Lunatic asylums Madras 1877-1891 - 1877-1891
Year: 1877
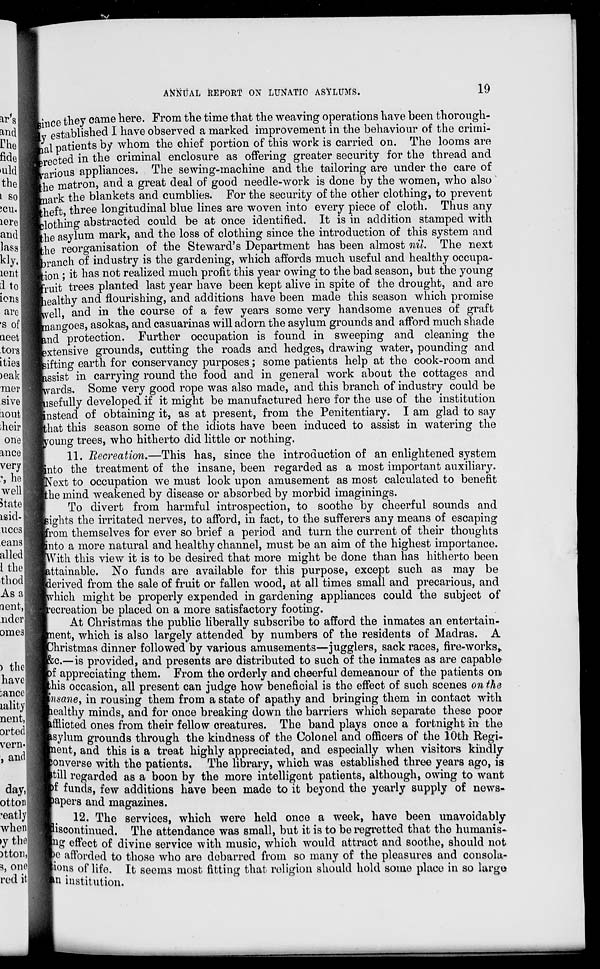
ANNUAL REPORT ON LUNATIC ASYLUMS.
19
since they came here. From the time that the weaving operations have been thorough-
ly established I have observed a marked improvement in the behaviour of the crimi-
nal patients by whom the chief portion of this work is carried on. The looms are
erected in the criminal enclosure as offering greater security for the thread and
various appliances. The sewing-machine and the tailoring are under the care of
the matron, and a great deal of good needle-work is done by the women, who also
mark the blankets and cumblies. For the security of the other clothing, to prevent
theft, three longitudinal blue lines are woven into every piece of cloth. Thus any
clothing abstracted could be at once identified. It is in addition stamped with
the asylum mark, and the loss of clothing since the introduction of this system and
the reorganisation of the Steward's Department has been almost nil. The next
branch of industry is the gardening, which affords much useful and healthy occupa-
tion ; it has not realized much profit this year owing to the bad season, but the young
fruit trees planted last year have been kept alive in spite of the drought, and are
healthy and flourishing, and additions have been made this season which promise
well, and in the course of a few years some very handsome avenues of graft
mangoes, asokas, and casuarinas will adorn the asylum grounds and afford much shade
and protection. Further occupation is found in sweeping and cleaning the
extensive grounds, cutting the roads and hedges, drawing water, pounding and
sifting earth for conservancy purposes; some patients help at the cook-room and
assist in carrying round the food and in general work about the cottages and
wards. Some very good rope was also made, and this branch of industry could be
usefully developed if it might be manufactured here for the use of the institution
instead of obtaining it, as at present, from the Penitentiary. I am glad to say
that this season some of the idiots have been induced to assist in watering the
young trees, who hitherto did little or nothing.
11. Recreation.—This has, since the introduction of an enlightened system
into the treatment of the insane, been regarded as a most important auxiliary.
Next to occupation we must look upon amusement as most calculated to benefit
the mind weakened by disease or absorbed by morbid imaginings.
To divert from harmful introspection, to soothe by cheerful sounds and
sights the irritated nerves, to afford, in fact, to the sufferers any means of escaping
from themselves for ever so brief a period and turn the current of their thoughts
into a more natural and healthy channel, must be an aim of the highest importance.
With this view it is to be desired that more might be done than has hitherto been
attainable. No funds are available for this purpose, except such as may be
derived from the sale of fruit or fallen wood, at all times small and precarious, and
which might be properly expended in gardening appliances could the subject of
recreation be placed on a more satisfactory footing.
At Christmas the public liberally subscribe to afford the inmates an entertain-
ment, which is also largely attended by numbers of the residents of Madras. A
Christmas dinner followed by various amusements—jugglers, sack races, fire-works,
&c.—is provided, and presents are distributed to such of the inmates as are capable
of appreciating them. From the orderly and cheerful demeanour of the patients on
this occasion, all present can judge how beneficial is the effect of such scenes on the
insane, in rousing them from a state of apathy and bringing them in contact with
healthy minds, and for once breaking down the barriers which separate these poor
afficted ones from their fellow creatures. The band plays once a fortnight in the
asylum grounds through the kindness of the Colonel and officers of the 10th Regi-
ment, and this is a treat highly appreciated, and especially when visitors kindly
converse with the patients. The library, which was established three years ago, is
still regarded as a boon by the more intelligent patients, although, owing to want
of funds, few additions have been made to it beyond the yearly supply of news-
papers and magazines.
12. The services, which were held once a week, have been unavoidably
discontinued. The attendance was small, but it is to be regretted that the humanis-
--- effect of divine service with music, which would attract and soothe, should not
be afforded to those who are debarred from so many of the pleasures and consola-
tions of life. It seems most fitting that religion should hold some place in so large
an institution.